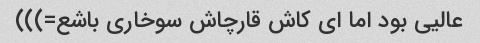
عالیی بود اما ای کاش قارچاش سوخاری باشع=)))